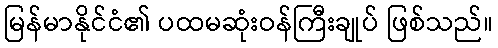
မြန်မာနိုင်ငံ၏ ပထမဆုံးဝန်ကြီးချုပ် ဖြစ်သည်။